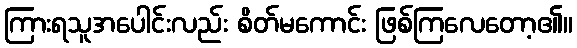
ကြားရသူအပေါင်းလည်း စိတ်မကောင်း ဖြစ်ကြလေတော့၏။